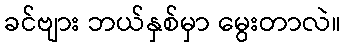
ခင်ဗျား ဘယ်နှစ်မှာ မွေးတာလဲ။